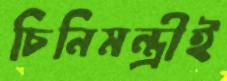
চিনিমন্ত্রীই